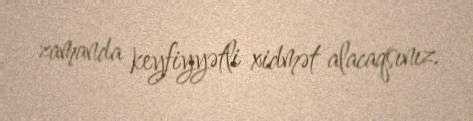
zamanda keyfiyyətli xidmət alacaqsınız.